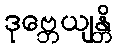
ဒုဗ္ဘေယျန္တိ